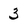
Character: 3